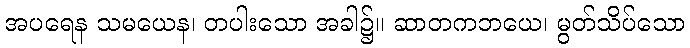
အပရေန သမယေန၊ တပါးသော အခါ၌။ ဆာတကဘယေ၊ မွတ်သိပ်သော